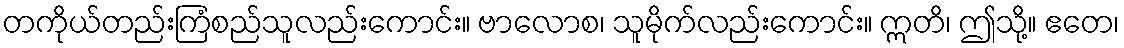
တကိုယ်တည်းကြံစည်သူလည်းကောင်း။ ဗာလောစ၊ သူမိုက်လည်းကောင်း။ ဣတိ၊ ဤသို့။ ဧတေ၊